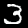
Digit: 3